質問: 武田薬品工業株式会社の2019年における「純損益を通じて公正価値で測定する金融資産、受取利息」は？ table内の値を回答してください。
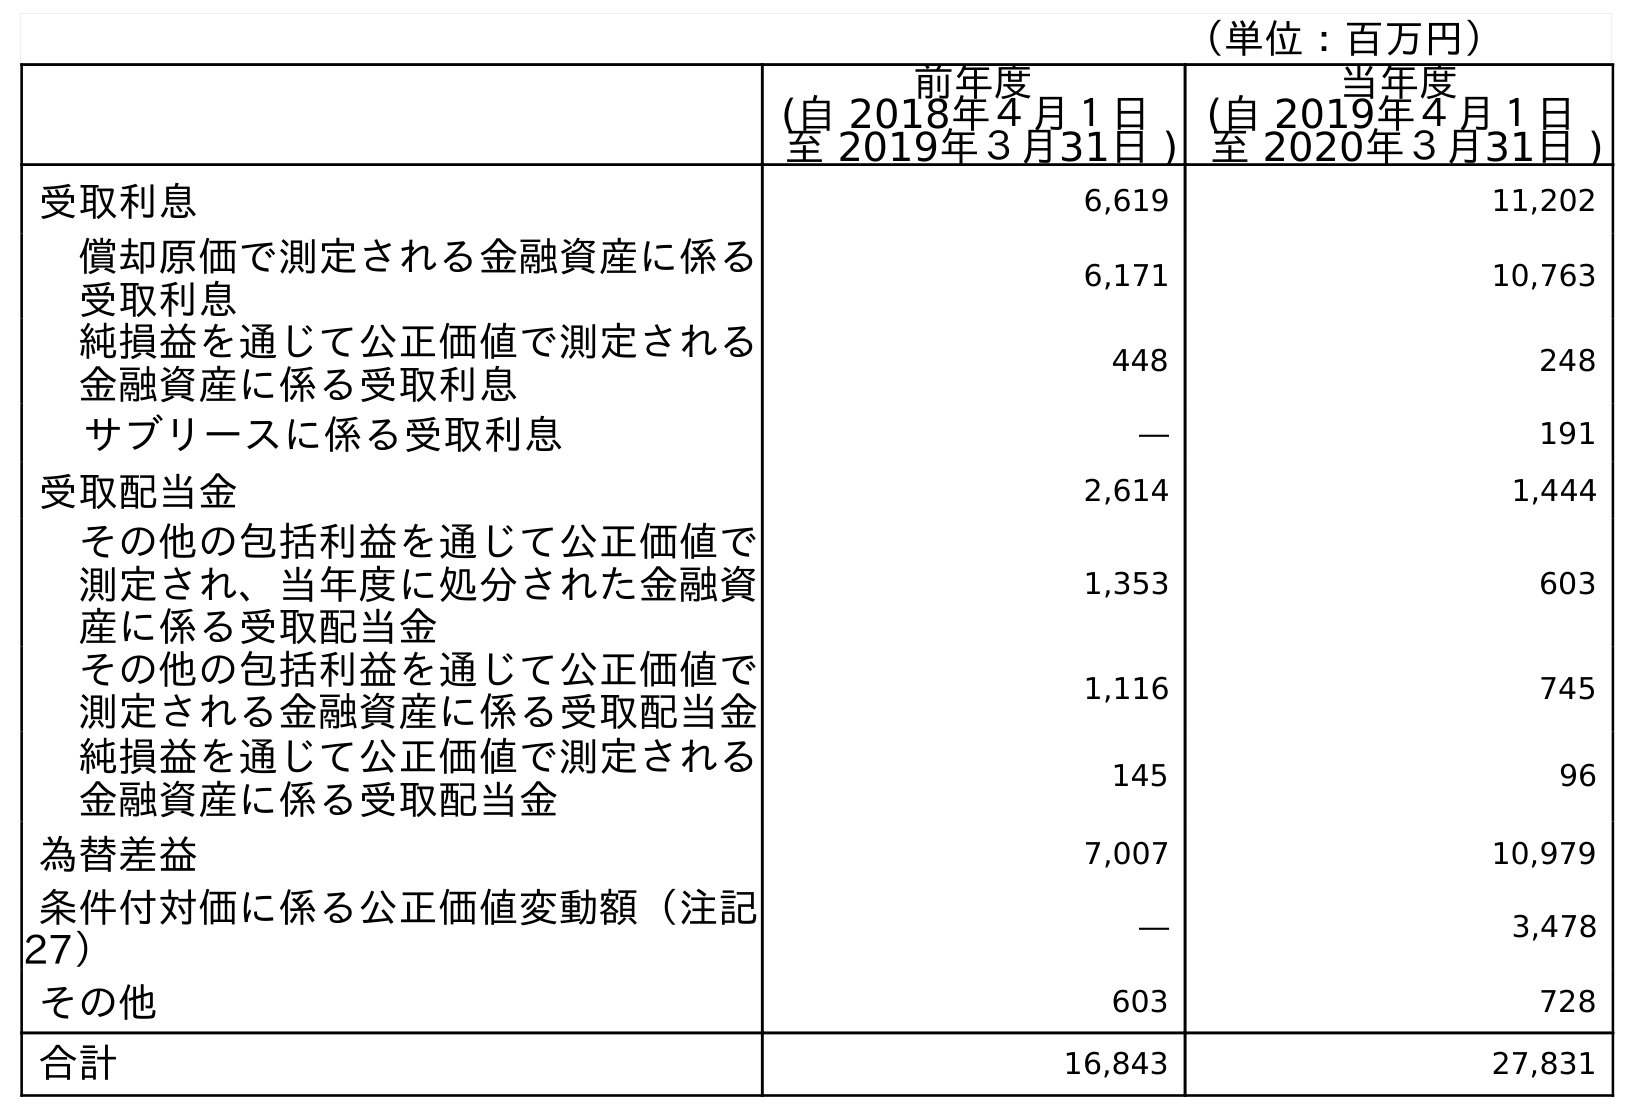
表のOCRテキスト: （単位：百万円） 前年度 (自 2018年４月１日 至 2019年３月31日 ) 当年度 (自 2019年４月１日 至 2020年３月31日 ) 受取利息 6,619 11,202 償却原価で測定される金融資産に係る 受取利息 6,171 10,763 純損益を通じて公正価値で測定される 金融資産に係る受取利息 448 248 サブリースに係る受取利息 ― 191 受取配当金 2,614 1,444 その他の包括利益を通じて公正価値で 測定され、当年度に処分された金融資 産に係る受取配当金 1,353 603 その他の包括利益を通じて公正価値で 測定される金融資産に係る受取配当金 1,116 745 純損益を通じて公正価値で測定される 金融資産に係る受取配当金 145 96 為替差益 7,007 10,979 条件付対価に係る公正価値変動額（注記 27） ― 3,478 その他 603 728 合計 16,843 27,831
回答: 448